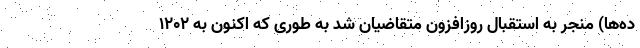
ده­ها) منجر به استقبال روزافزون متقاضیان شد به طوری که اکنون به 1202